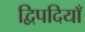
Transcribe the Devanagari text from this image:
द्विपदियाँ